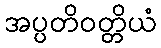
အပ္ပတိဝတ္တိယံ